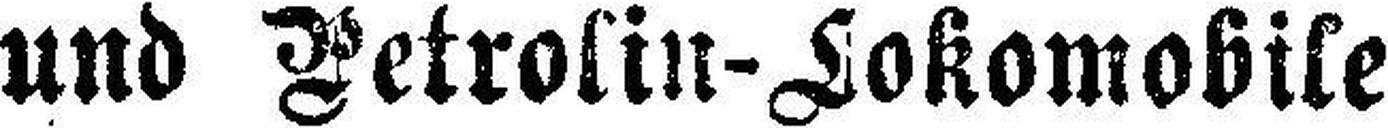
und Petrolin-Lokomobile